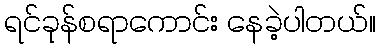
ရင်ခုန်စရာကောင်း နေခဲ့ပါတယ်။